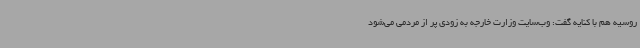
روسیه هم با کنایه گفت: وب‌سایت وزارت خارجه به زودی پر از مردمی می‌شود